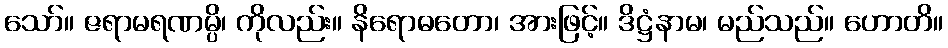
သော်။ ဇရာမရဏမ္ပိ၊ ကိုလည်း။ နိရောဓတော၊ အားဖြင့်။ ဒိဋ္ဌံနာမ၊ မည်သည်။ ဟောတိ။